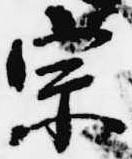
宗